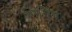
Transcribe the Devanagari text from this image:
गिनिंग